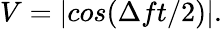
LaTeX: V=|cos(\Delta ft/2)|.